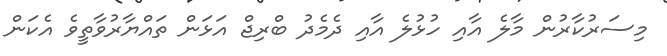
މިސަރުކާރުން މާލެ އާއި ހުޅުލެ އާއި ދެމެދު ބްރިޖް އަޅަން ތައްޔާރުވާތީވެ އެކަން